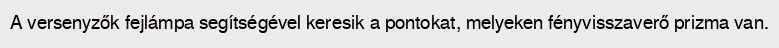
A versenyzők fejlámpa segítségével keresik a pontokat, melyeken fényvisszaverő prizma van.